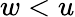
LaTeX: w<u